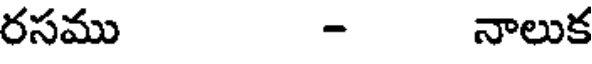
రసము - నాలుక